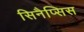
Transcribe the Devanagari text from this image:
सिनैप्सिस